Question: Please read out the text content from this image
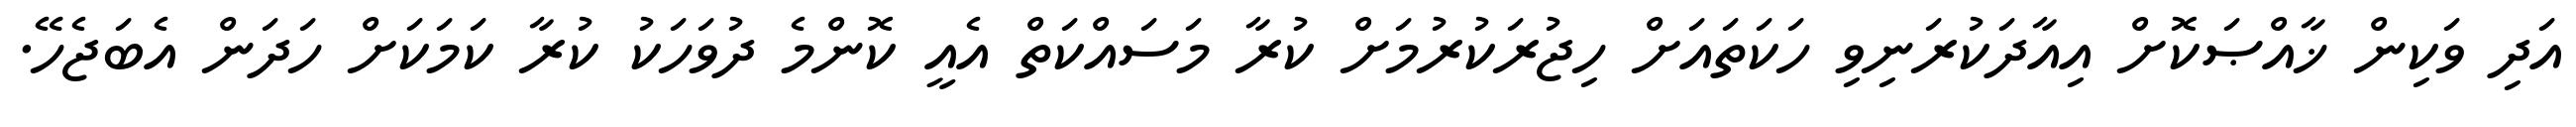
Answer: އަދި ވަކިން ޚާއްޞަކޮށް އިއާދަކުރަނިވި ހަކަތައަށް ހިޖުރަކުރުމަށް ކުރާ މަސައްކަތް އެއީ ކޮންމެ ދުވަހަކު ކުރާ ކަމަކަށް ހަދަން އެބަޖެހޭ.